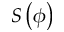
S \left( \phi \right)